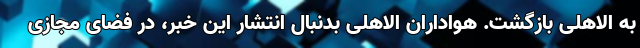
به الاهلی بازگشت. هواداران الاهلی بدنبال انتشار این خبر، در فضای مجازی